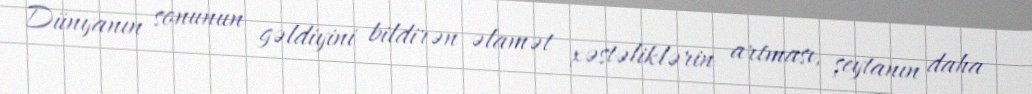
Dünyanın sonunun gəldiyini bildirən əlamət xəstəliklərin artması, şeytanın daha